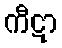
ကီဋာ